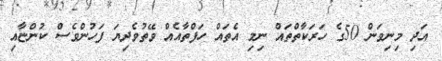
އަދި މިނިވަން 50ގެ ހަރަކާތްތައް ނިމި އެތައް ހަފްތާއެއް ވޭތުވެދިޔަ ފަހުންވެސް ކުންޏާއި